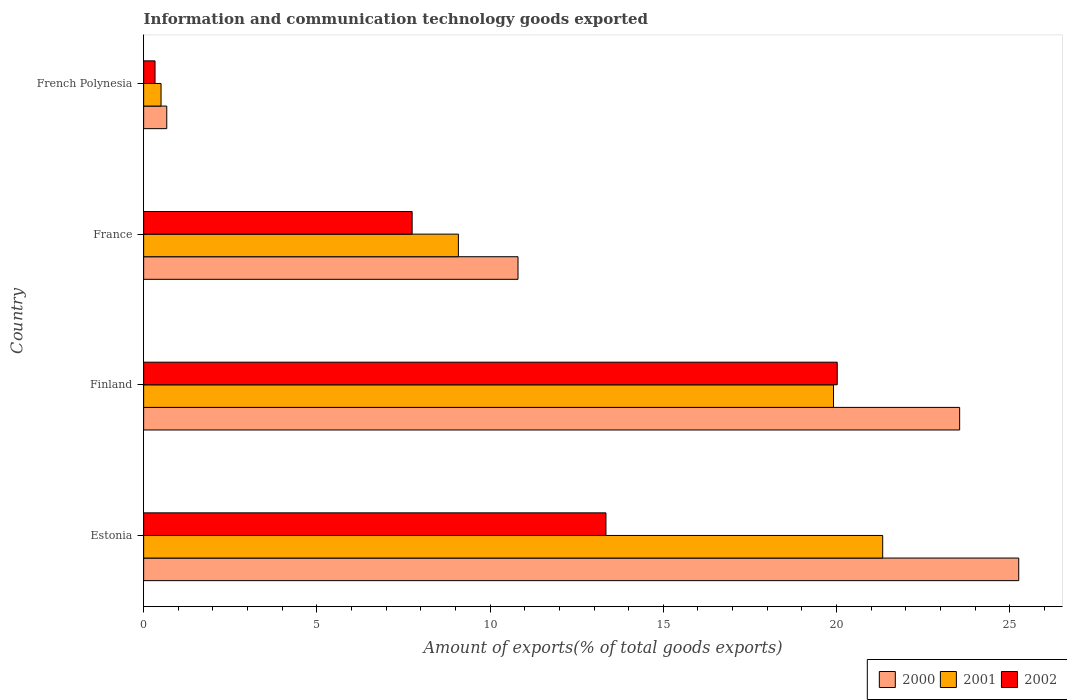
| Country | 2000 | 2001 | 2002 |
 | --- | --- | --- | --- |
 | Estonia | 25.3 | 21.3 | 13.3 |
 | Finland | 23.6 | 19.9 | 20 |
 | France | 10.8 | 9.08 | 7.75 |
 | French Polynesia | 0.667 | 0.502 | 0.328 |